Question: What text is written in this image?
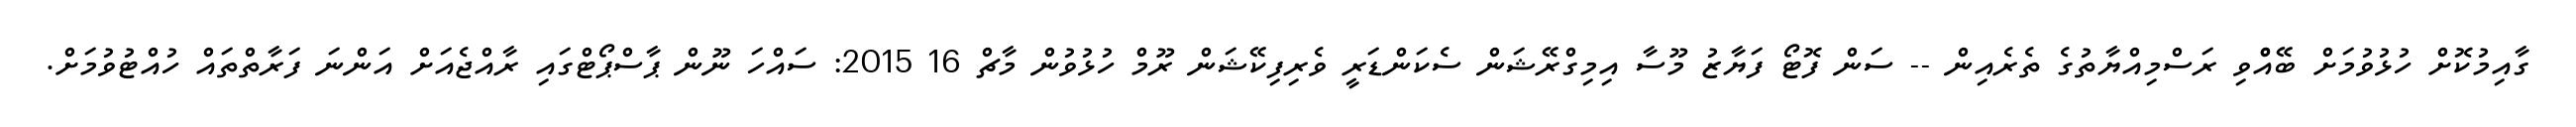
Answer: ގާއިމުކޮށް ހުޅުވުމަށް ބޭއްްވި ރަސްމިއްޔާތުގެ ތެރެއިން -- ސަން ފޮޓޯ ފަޔާޒު މޫސާ އިމިގްރޭޝަން ސެކަންޑަރީ ވެރިފިކޭޝަން ރޫމް ހުޅުވުން މާޗް 16 2015: ސައްހަ ނޫން ޕާސްޕޯޓްގައި ރާއްޖެއަށް އަންނަ ފަރާތްތައް ހުއްޓުވުމަށް.